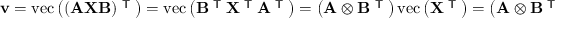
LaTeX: \mathbf { v } = \operatorname { v e c } \left( ( \mathbf { A X B } ) ^ { \textsf { T } } \right) = \operatorname { v e c } \left( \mathbf { B } ^ { \textsf { T } } \mathbf { X } ^ { \textsf { T } } \mathbf { A } ^ { \textsf { T } } \right) = \left( \mathbf { A } \otimes \mathbf { B } ^ { \textsf { T } } \right) \operatorname { v e c } \left( \mathbf { X ^ { \textsf { T } } } \right) = \left( \mathbf { A } \otimes \mathbf { B } ^ { \textsf { T } } \right) \mathbf { u } .